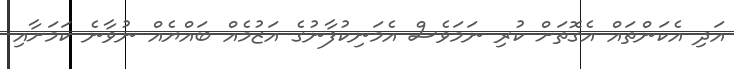
އަދި އެކަންތައް އެގޮތަށް ކުރި ނަމަވެސް އެމަނިކުފާނުގެ އަޒުމެއް ބައްޔެއް ނުވާނެ ކަމަށާއި